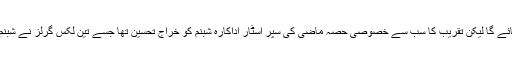
لگتا تھا کہ یہ واقعہ پوری تقریب پر سبقت لے جائے گا لیکن تقریب کا سب سے خصوصی حصہ ماضی کی سپر اسٹار اداکارہ شبنم کو خراج تحسین تھا جسے تین لکس گرلز نے شبنم پر فلمائے گئے گانوں پرپرفارم کرکے پیش کیا۔